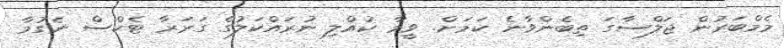
މެމްބަރުން ޖަލްސާގަ ތިބެންވާނެ ކަމަށް. ވީމާ ކުއްލި ނުރައްކަލުގެ ގަރަރާ ޓެކްސް ނެގުމާ